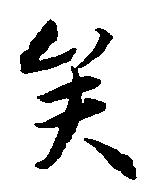
矣